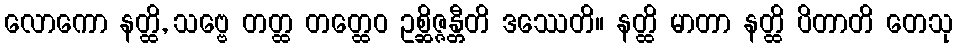
လောကော နတ္ထိ, သဗ္ဗေ တတ္ထ တတ္ထေဝ ဥစ္ဆိဇ္ဇန္တီတိ ဒဿေတိ။ နတ္ထိ မာတာ နတ္ထိ ပိတာတိ တေသု